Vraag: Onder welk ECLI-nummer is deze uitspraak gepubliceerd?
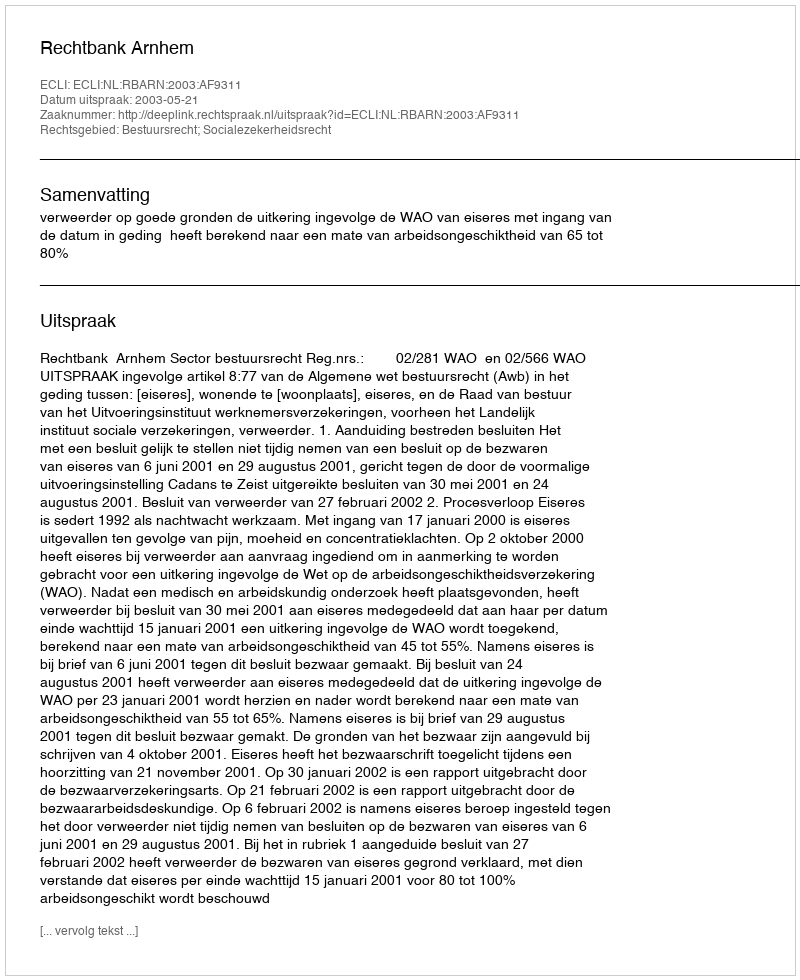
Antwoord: ECLI:NL:RBARN:2003:AF9311